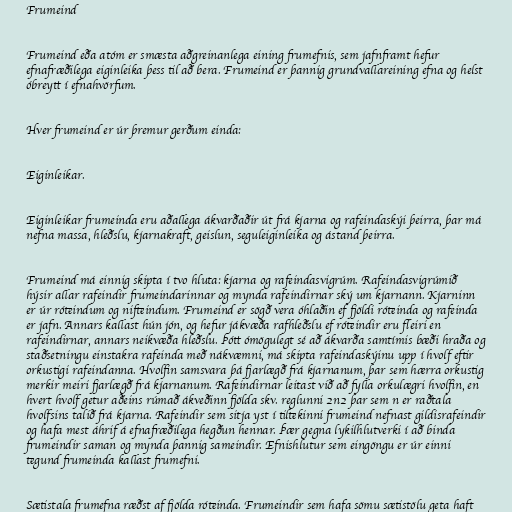
Frumeind

Frumeind eða atóm er smæsta aðgreinanlega eining frumefnis, sem jafnframt hefur
efnafræðilega eiginleika þess til að bera. Frumeind er þannig grundvallareining efna og helst
óbreytt í efnahvörfum.

Hver frumeind er úr þremur gerðum einda:

Eiginleikar.

Eiginleikar frumeinda eru aðallega ákvarðaðir út frá kjarna og rafeindaskýi þeirra, þar má
nefna massa, hleðslu, kjarnakraft, geislun, seguleiginleika og ástand þeirra.

Frumeind má einnig skipta í tvo hluta: kjarna og rafeindasvigrúm. Rafeindasvigrúmið
hýsir allar rafeindir frumeindarinnar og mynda rafeindirnar ský um kjarnann. Kjarninn
er úr róteindum og nifteindum. Frumeind er sögð vera óhlaðin ef fjöldi róteinda og rafeinda
er jafn. Annars kallast hún jón, og hefur jákvæða rafhleðslu ef róteindir eru fleiri en
rafeindirnar, annars neikvæða hleðslu. Þótt ómögulegt sé að ákvarða samtímis bæði hraða og
staðsetningu einstakra rafeinda með nákvæmni, má skipta rafeindaskýinu upp í hvolf eftir
orkustigi rafeindanna. Hvolfin samsvara þá fjarlægð frá kjarnanum, þar sem hærra orkustig
merkir meiri fjarlægð frá kjarnanum. Rafeindirnar leitast við að fylla orkulægri hvolfin, en
hvert hvolf getur aðeins rúmað ákveðinn fjölda skv. reglunni 2n2 þar sem n er raðtala
hvolfsins talið frá kjarna. Rafeindir sem sitja yst í tiltekinni frumeind nefnast gildisrafeindir
og hafa mest áhrif á efnafræðilega hegðun hennar. Þær gegna lykilhlutverki í að binda
frumeindir saman og mynda þannig sameindir. Efnishlutur sem eingöngu er úr einni
tegund frumeinda kallast frumefni.

Sætistala frumefna ræðst af fjölda róteinda. Frumeindir sem hafa sömu sætistölu geta haft